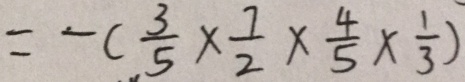
= - ( \frac { 3 } { 5 } \times \frac { 7 } { 2 } \times \frac { 4 } { 5 } \times \frac { 1 } { 3 } )